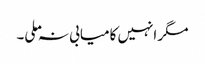
مگر انہیں کامیابی نہ ملی۔